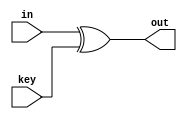
// David Peled 208576025
// Tal Levy 209005305
module AddRoundKey #(parameter NB = 8'd128) (input [NB-1:0] in, input [NB-1:0] key, output [NB-1:0] out);
    assign out = in ^ key;
endmodule